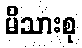
မိသားစု